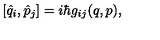
[ \hat { q } _ { i } , \hat { p } _ { j } ] = i \hbar g _ { i j } ( q , p ) ,